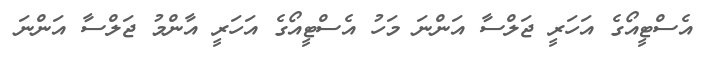
އެސްޓީއޯގެ އަހަރީ ޖަލްސާ އަންނަ މަހު އެސްޓީއޯގެ އަހަރީ އާންމު ޖަލްސާ އަންނަ